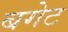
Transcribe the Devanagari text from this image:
बगेट